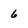
Character: 6